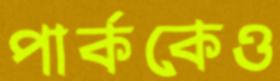
পার্ককেও